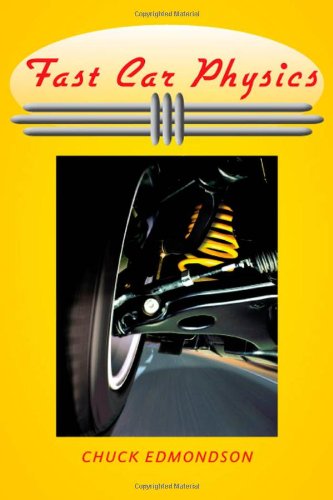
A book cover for Fast Car Physics; Chuck Edmondson; Science & Math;